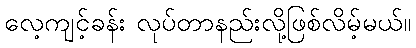
လေ့ကျင့်ခန်း လုပ်တာနည်းလို့ဖြစ်လိမ့်မယ်။